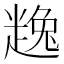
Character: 𧼧